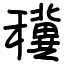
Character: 䆊